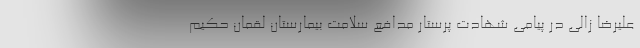
علیرضا زالی در پیامی شهادت پرستار مدافع سلامت بیمارستان لقمان حکیم